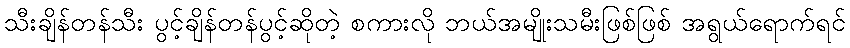
သီးချိန်တန်သီး ပွင့်ချိန်တန်ပွင့်ဆိုတဲ့ စကားလို ဘယ်အမျိုးသမီးဖြစ်ဖြစ် အရွယ်ရောက်ရင်